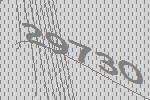
29730